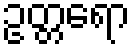
ဥတ္တရော